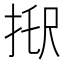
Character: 𢭑